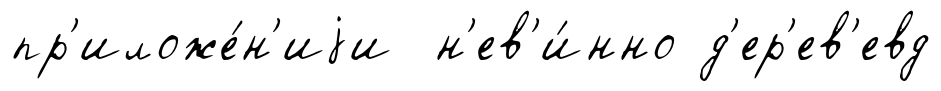
пр'иложе́н'иjи н'ев'и́нно д'ер'ев'евд